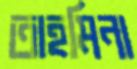
তাহমিনা